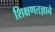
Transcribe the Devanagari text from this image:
शिक्षणतज्ञाने